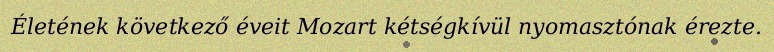
Életének következő éveit Mozart kétségkívül nyomasztónak érezte.